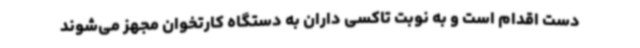
دست اقدام است و به نوبت تاکسی داران به دستگاه کارتخوان مجهز می‌شوند